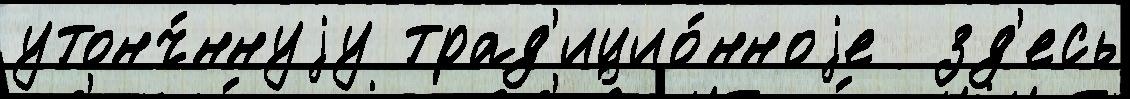
утонч́ннуjу трад'ицио́нноjе  зд'есь